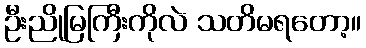
ဦးညိုမြကြီးကိုလဲ သတိမရတော့။